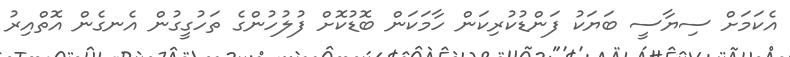
އެކަމަށް ސިޔާސީ ބަޔަކު ފަންޑުކުރިކަން ހާމަކަން ބޮޑުކޮށް ފުލުހުންގެ ތަހުގީގުން އެނގެން އޮތްއިރު